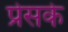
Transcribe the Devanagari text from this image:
प्रेसके